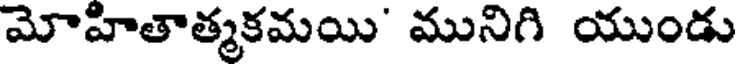
మోహితాత్మకమయి' మునిగి యుండు